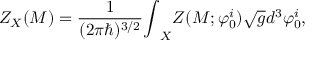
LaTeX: Z _ { X } ( { \cal M } ) = \frac { 1 } { ( 2 \pi \hbar ) ^ { 3 / 2 } } { \int } _ { X } Z ( { \cal M } ; { \varphi } _ { 0 } ^ { i } ) \sqrt { g } d ^ { 3 } { \varphi } _ { 0 } ^ { i } ,